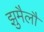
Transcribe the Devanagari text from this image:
झुमैलौ